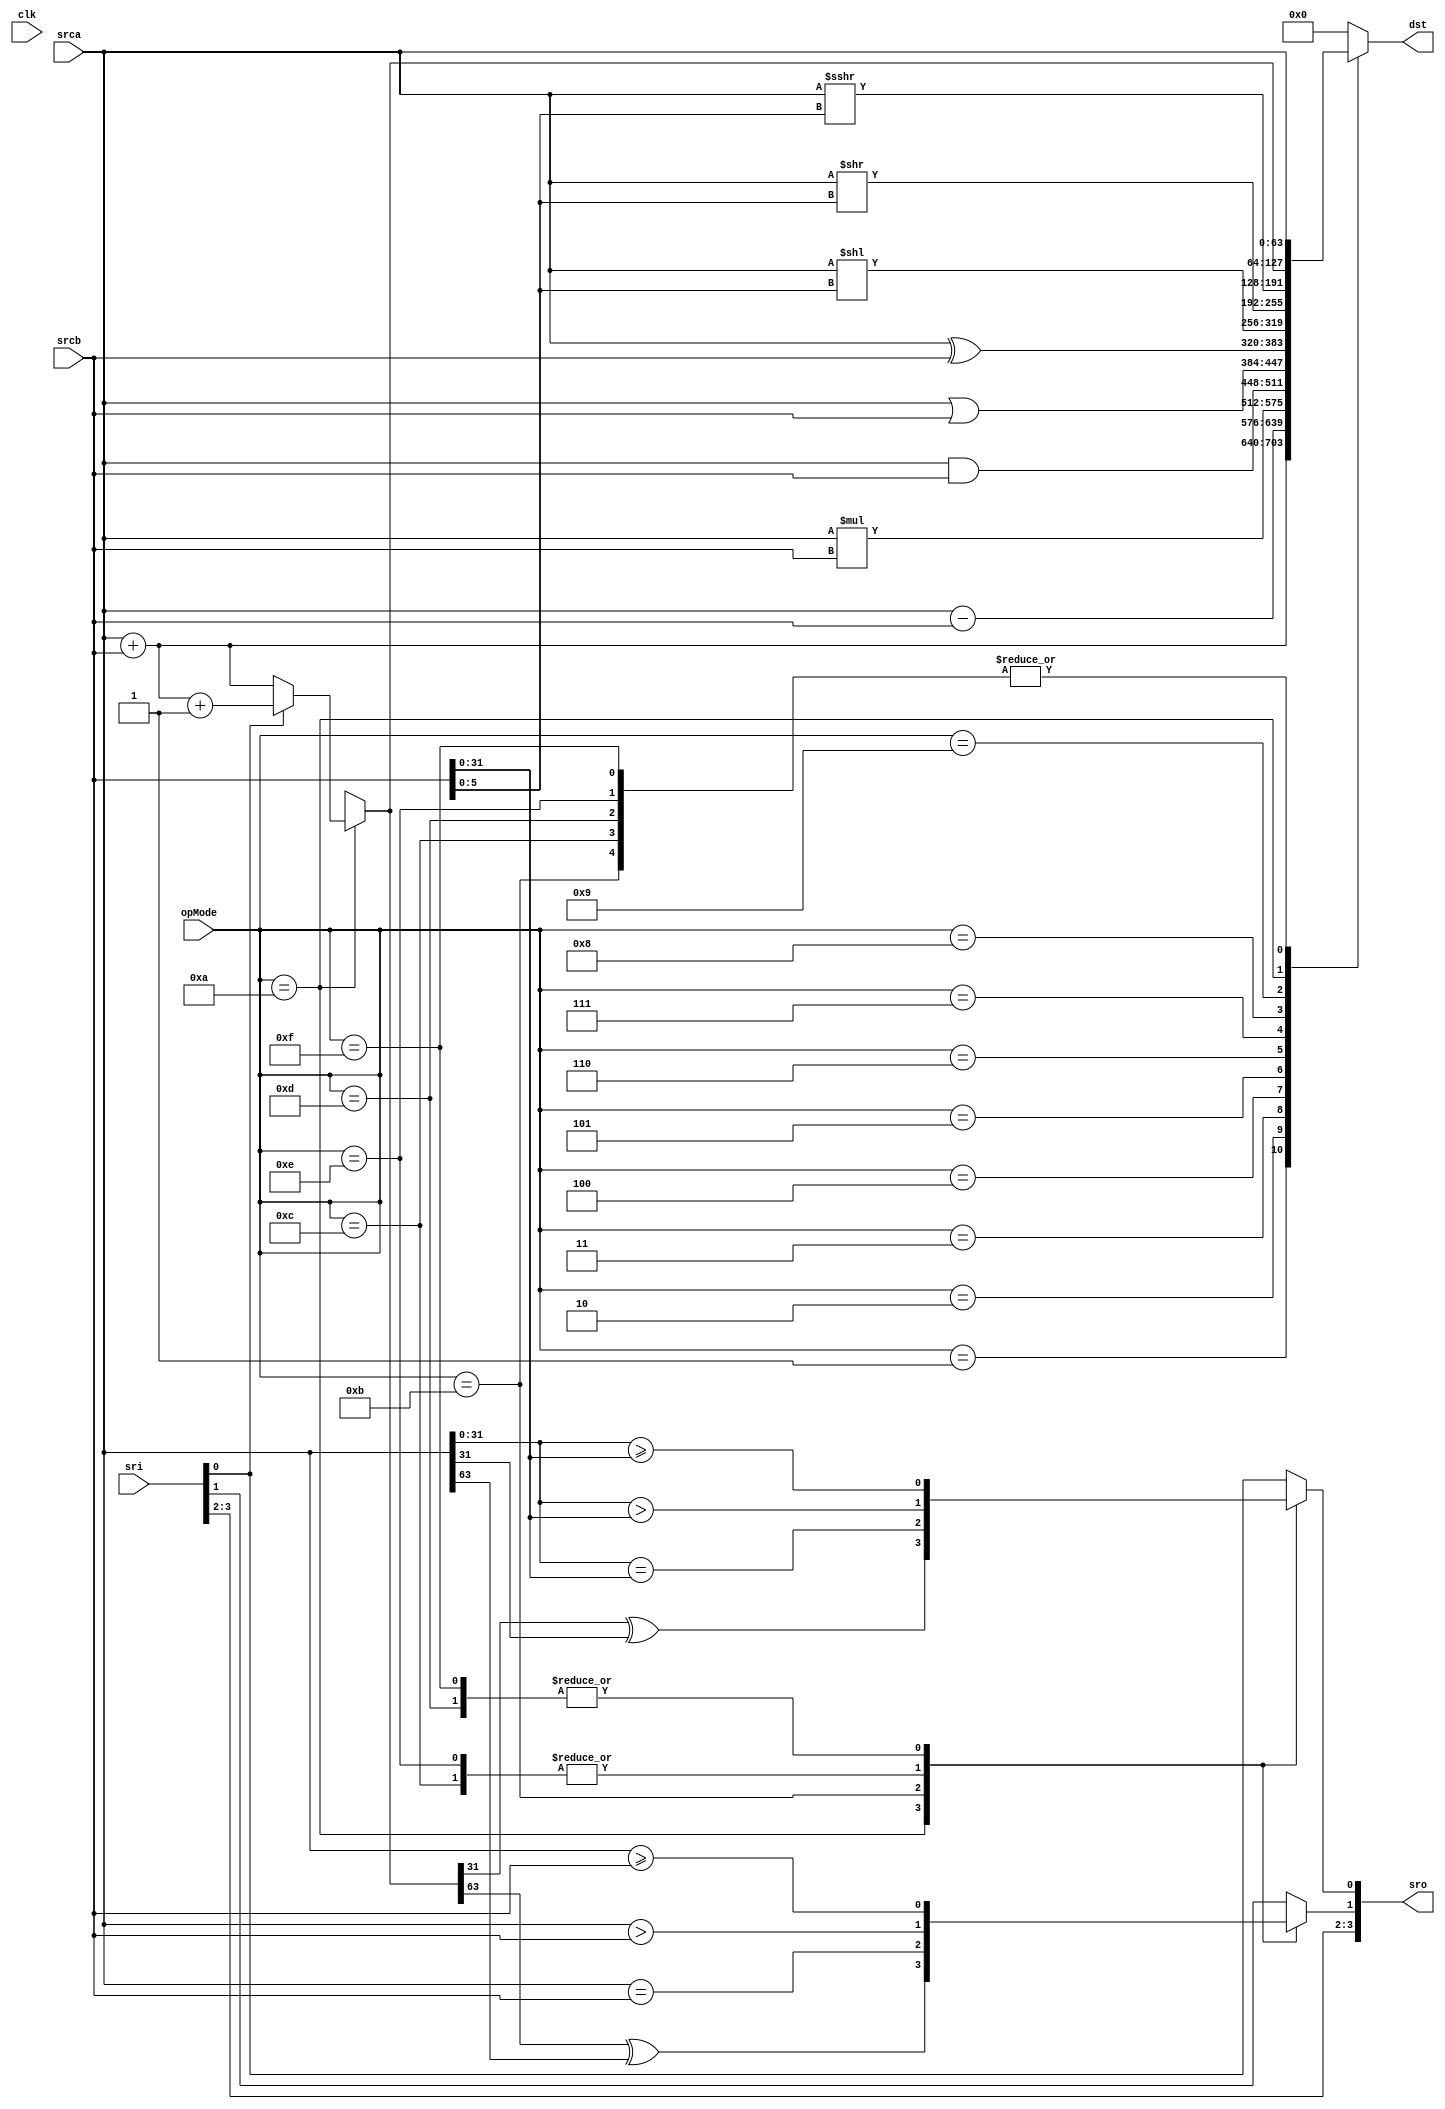
module ArithAlu(
	/* verilator lint_off UNUSED */
	clk,
	opMode,
	srca,
	srcb,
	dst,
	sri,
	sro
);

input			clk;
input[3:0] 		opMode;
input[63:0]		srca;
input[63:0]		srcb;
output[63:0]	dst;

input[3:0] 		sri;
output[3:0] 	sro;

parameter[3:0] UOP_NONE		= 4'h00;
parameter[3:0] UOP_ADD		= 4'h01;
parameter[3:0] UOP_SUB		= 4'h02;
parameter[3:0] UOP_MUL		= 4'h03;
parameter[3:0] UOP_AND		= 4'h04;
parameter[3:0] UOP_OR		= 4'h05;
parameter[3:0] UOP_XOR		= 4'h06;
parameter[3:0] UOP_SHL		= 4'h07;
parameter[3:0] UOP_SHR		= 4'h08;
parameter[3:0] UOP_SAR		= 4'h09;
parameter[3:0] UOP_ADDC		= 4'h0A;
parameter[3:0] UOP_CMPEQ	= 4'h0B;
parameter[3:0] UOP_CMPGT	= 4'h0C;
parameter[3:0] UOP_CMPGE	= 4'h0D;
parameter[3:0] UOP_CMPHS	= 4'h0E;
parameter[3:0] UOP_CMPHI	= 4'h0F;

// reg[63:0]	tSrcaQ;
// reg[63:0]	tSrcbQ;

/* verilator lint_off UNOPTFLAT */
reg[63:0]	tDstQ;

// reg[31:0]	tDst;
reg[5:0]	tShl;
reg[3:0] 	tSr;

assign	dst=tDstQ;
assign	sro=tSr;


always @ (opMode) begin
	case(opMode)
		UOP_ADD: begin
			tDstQ = srca+srcb;
			tSr=sri;
		end
		UOP_SUB: begin
			tDstQ = srca-srcb;
			tSr=sri;
		end
		UOP_MUL: begin
			tDstQ = srca*srcb;
			tSr=sri;
		end
		UOP_AND: begin
			tDstQ = srca&srcb;
			tSr=sri;
		end
		UOP_OR: begin
			tDstQ = srca|srcb;
			tSr=sri;
		end
		UOP_XOR: begin
			tDstQ = srca^srcb;
			tSr=sri;
		end

		UOP_SHL: begin
			tShl = srcb[5:0];
			tDstQ = srca<<tShl;
			tSr=sri;
		end

		UOP_SHR: begin
			tShl = srcb[5:0];
			tDstQ = srca>>tShl;
			tSr=sri;
		end

		UOP_SAR: begin
			tShl = srcb[5:0];
			tDstQ = srca>>>tShl;
			tSr=sri;
		end

		UOP_ADDC: begin
			if(sri[0])
				tDstQ = srca+srcb+1;
			else
				tDstQ = srca+srcb;
			tSr[3:2]=sri[3:2];
			tSr[0]=tDstQ[31]^srca[31];
			tSr[1]=tDstQ[63]^srca[63];
		end

		UOP_CMPEQ: begin
			tDstQ = srca;
			tSr[3:2]=sri[3:2];
			tSr[0]=(srca[31:0]==srcb[31:0]);
			tSr[1]=(srca[63:0]==srcb[63:0]);
		end

		UOP_CMPGT: begin
			tDstQ = srca;
			tSr[3:2]=sri[3:2];
			tSr[0]=(srca[31:0]>srcb[31:0]);
			tSr[1]=(srca[63:0]>srcb[63:0]);
		end

		UOP_CMPGE: begin
			tDstQ = srca;
			tSr[3:2]=sri[3:2];
			tSr[0]=(srca[31:0]>=srcb[31:0]);
			tSr[1]=(srca[63:0]>=srcb[63:0]);
		end

		UOP_CMPHS: begin
			tDstQ = srca;
			tSr[3:2]=sri[3:2];
			tSr[0]=(srca[31:0]>srcb[31:0]);
			tSr[1]=(srca[63:0]>srcb[63:0]);
		end

		UOP_CMPHI: begin
			tDstQ = srca;
			tSr[3:2]=sri[3:2];
			tSr[0]=(srca[31:0]>=srcb[31:0]);
			tSr[1]=(srca[63:0]>=srcb[63:0]);
		end

		default: begin
			tDstQ = 64'h0000_0000_0000_0000;
			tSr=sri;
		end
	endcase

//	dst=tDstQ;
//	sro=tSr;
end

endmodule